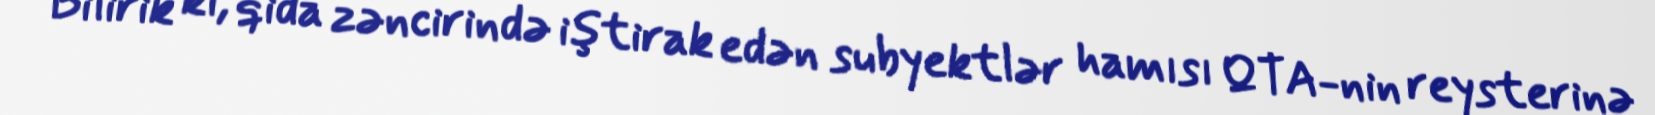
Bilirik ki, qida zəncirində iştirak edən subyektlər hamısı QTA-nin reysterinə